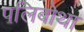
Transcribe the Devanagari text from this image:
पलिबोथा